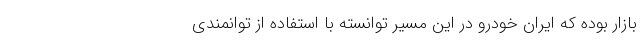
بازار بوده که ایران خودرو در این مسیر توانسته با استفاده از توانمندی